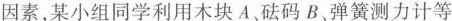
因素，某小组同学利用木块A、砝码B、弹簧测力计等